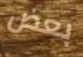
بعض